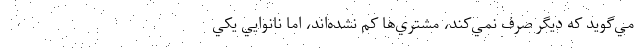
مي‌گويد كه ديگر صرف نمي‌كند، مشتري‌ها كم نشده‌اند، اما نانوايي يكي